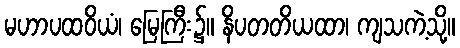
မဟာပထဝိယံ၊ မြေကြီး၌။ နိပတတိယထာ၊ ကျသကဲ့သို့။